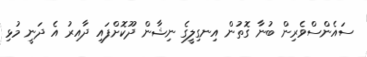
ސައެންސްވެރިން ބުނާ ގޮތުން އިނގިލީގެ ނިޝާން ދޫކޮށްފައި ދާއިރު އެ ދަނީ މުޅި